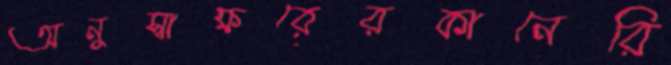
অনুস্বাক্ষরেরকানেরি